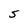
Character: S